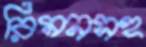
রিমনসহ